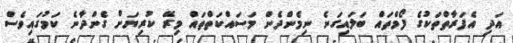
އަދި އެފަރާތްތަކުގެ ފޯމްތައް ބަލައިގަނެ ނިމެންދެން މަސައްކަތްތައް މިރޭ ކުރިޔަށް ގެންދާނެ ކަމުގައިވެސް